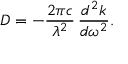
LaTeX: D = - { \frac { 2 \pi c } { \lambda ^ { 2 } } } \, { \frac { d ^ { 2 } k } { d \omega ^ { 2 } } } .